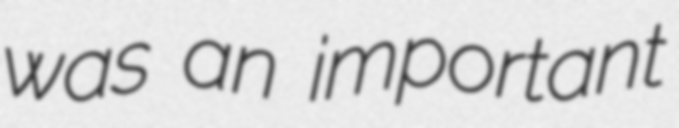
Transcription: was an important